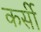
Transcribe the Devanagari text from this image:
कर्सी